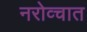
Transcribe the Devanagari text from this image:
नरोव्चात